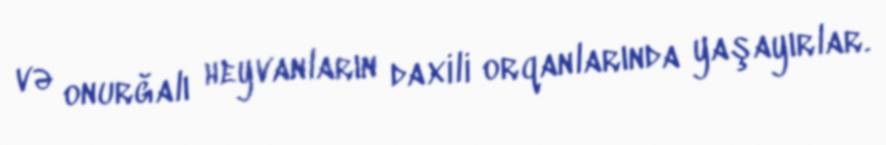
və onurğalı heyvanların daxili orqanlarında yaşayırlar.